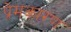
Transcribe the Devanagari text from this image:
प्रेमकारण